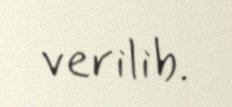
verilib.